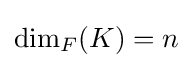
\dim _{F}(K)=n